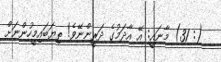
(: 31) މާނައީ: އޭ އާދަމުގެ ދަރީންނޭވެ! ތިޔަބައިމީހުންނަށް